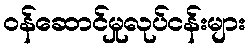
ဝန်ဆောင်မှုလုပ်ငန်းများ